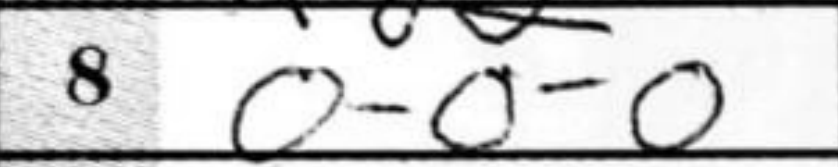
Transcription: O-O-O